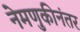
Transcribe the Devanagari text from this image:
नेमणुकीनंतर